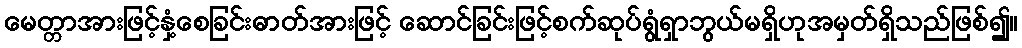
မေတ္တာအားဖြင့်နှံ့စေခြင်းဓာတ်အားဖြင့် ဆောင်ခြင်းဖြင့်စက်ဆုပ်ရွံရှာဘွယ်မရှိဟုအမှတ်ရှိသည်ဖြစ်၍။